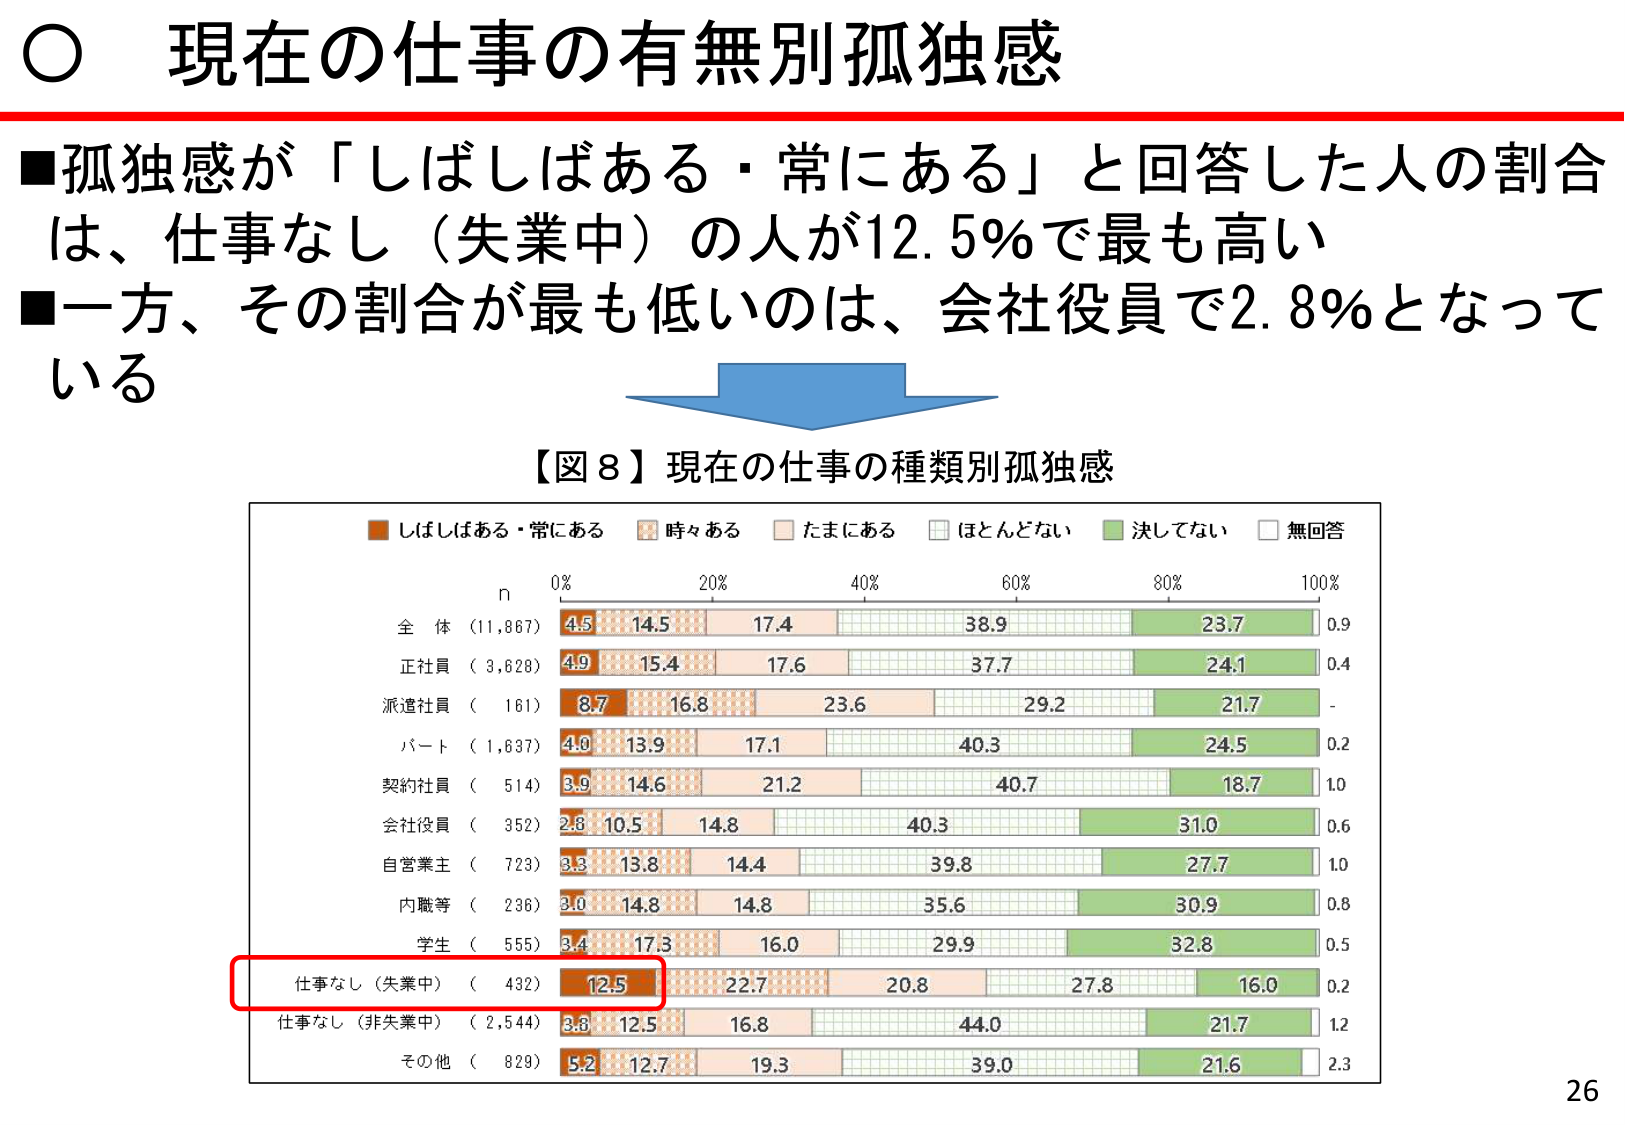
○ 現在の仕事の有無別孤独感

■孤独感が「しばしばある・常にあり」と回答した人の割合は、仕事なし（失業中）の人が12.5％で最も高い
■一方、その割合が最も低いのは、会社役員で2.8％となっている

【図8】現在の仕事の種類別孤独感

■ しばしばある・常にあり
■ 時々ある
■ たまにある
■ ほとんどない
■ 決してない
■ 無回答

n
0% 20% 40% 60% 80% 100%

全体 （11,867） 4.5 14.5 17.4 38.9 23.7 0.9
正社員 （3,828） 4.9 15.4 17.6 37.7 24.1 0.4
派遣社員 （161） 8.7 16.8 23.6 29.2 21.7 -
パート （1,637） 4.0 13.9 17.1 40.3 24.5 0.2
契約社員 （514） 3.9 14.6 21.2 40.7 18.7 1.0
会社役員 （352） 2.8 10.5 14.8 40.3 31.0 0.6
自営業主 （723） 3.3 13.8 14.4 39.8 27.7 1.0
内職等 （236） 3.0 14.8 14.8 35.6 30.9 0.8
学生 （555） 3.4 17.3 16.0 29.9 32.8 0.5
仕事なし（失業中） （432） 12.5 22.7 20.8 27.8 16.0 0.2
仕事なし（非失業中） （2,544） 3.8 12.5 16.8 44.0 21.7 1.2
その他 （829） 5.2 12.7 19.3 39.0 21.6 2.3

26